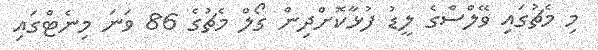
މި މެޗުގައި ވޭލްސްގެ ލީޑު ފުޅާކޮށްދިން ގޯލް މެޗުގެ 86 ވަނަ މިނެޓްގައި